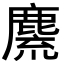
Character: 麍